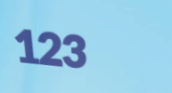
123